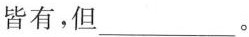
皆有，但___。